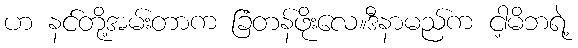
ဟ နင်တို့အမ်းတာက ခြံတန်ဖိုးလေ။ဒီနာမည်က ငါ့မိဘရဲ့